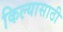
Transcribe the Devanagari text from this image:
किल्यासाठी